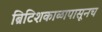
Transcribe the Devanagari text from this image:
ब्रिटिशकाळापासूनच